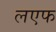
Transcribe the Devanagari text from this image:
लएफ